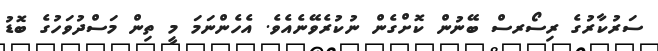
ސަރުކާރުގެ ރިސޯރސް ބޭނުން ކޮށްގެން ނުކުރެވޭނެއެވެ. އެހެންނަމަ މީ ތިން މަސްދުވަހުގެ ބޮޑު